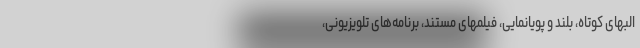
البهای كوتاه، بلند و پویانمایی، فیلمهای مستند، برنامه‌های تلویزیونی،